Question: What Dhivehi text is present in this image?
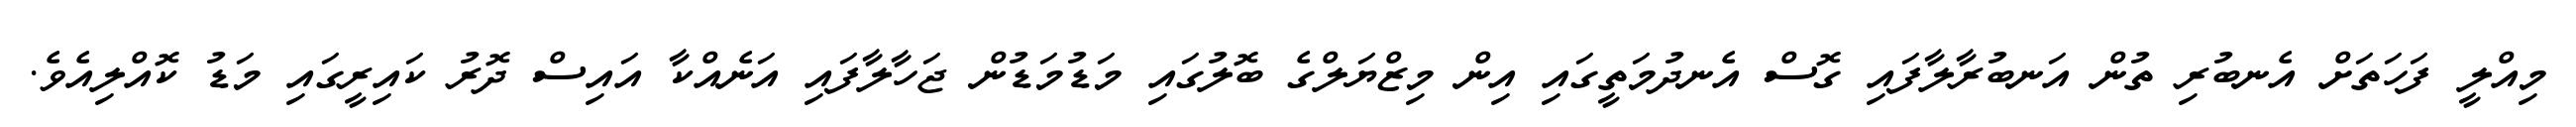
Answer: މިއްލީ ފަހަތަށް އެނބުރި ތުން އަނބުރާލާފައި ގޮސް އެނދުމަތީގައި އިން މިޒްޔަލްގެ ބޮލުގައި މަޑުމަޑުން ޖަހާލާފައި އަނެއްކާ އައިސް ދޮރު ކައިރީގައި މަޑު ކޮއްލިއެވެ.